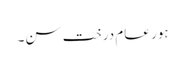
ہور عام درخت سن۔